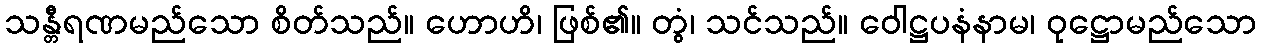
သန္တီရဏမည်သော စိတ်သည်။ ဟောဟိ၊ ဖြစ်၏။ တွံ၊ သင်သည်။ ဝေါဋ္ဌပနံနာမ၊ ဝုဋ္ဌောမည်သော